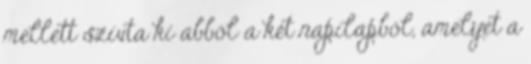
mellett szívta ki abból a két napilapból, amelyet a